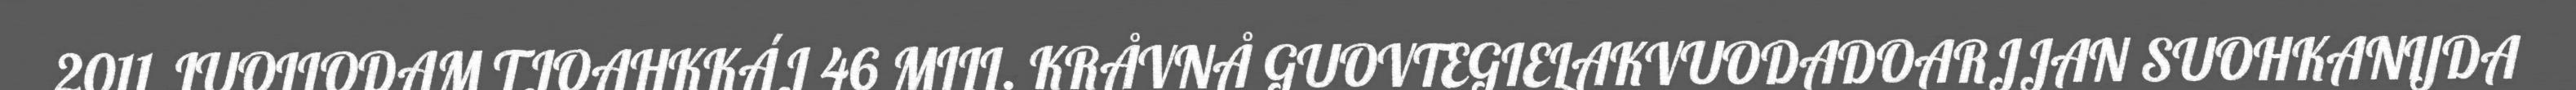
2011 JUOLLODAM TJOAHKKÁJ 46 MILL. KRÅVNÅ GUOVTEGIELAKVUODADOARJJAN SUOHKANIJDA